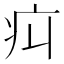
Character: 㽱